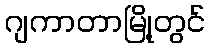
ဂျကာတာမြို့တွင်